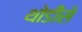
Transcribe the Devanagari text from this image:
थोडीसे